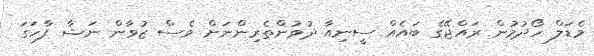
މެޑަލް ހޯދުމުން ރައްޖޭގެ ބައެއް ސީނިއާ ދުވުންތެރިންނަށް ވެސް ޒުވާން ނަޝާ ފާހަގަ